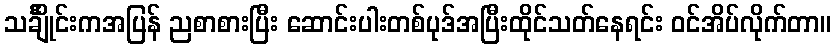
သင်္ချိုင်းကအပြန် ညစာစားပြီး ဆောင်းပါးတစ်ပုဒ်အပြီးထိုင်သတ်နေရင်း ဝင်အိပ်လိုက်တာ။